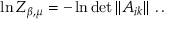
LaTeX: \ln Z _ { \beta , \mu } = - \ln \operatorname * { d e t } \left\| A _ { i k } \right\| \, . \, .